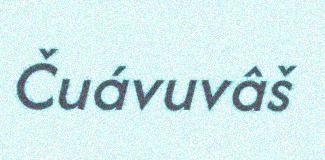
Čuávuvâš